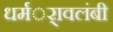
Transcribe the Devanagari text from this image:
धर्मर्ावलंबी